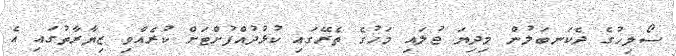
ސޯލިހުގެ ދެކަނބަލުން މިދިޔަ ޖުލައި މަހުގެ ތެރޭގައި ކުޅުދުއްފުށްޓަށް ކުރެއްވި ޒިޔާރާތުގައި އެ